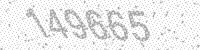
Solution: 149665